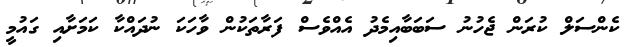
ކެންސަލް ކުރަން ޖެހުނު ސަބަބާއިމެދު އެއްވެސް ފަރާތަކުން ވާހަކަ ނުދައްކާ ކަމަށާއި ގައުމީ